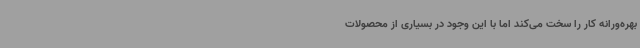
بهره‌ورانه کار را سخت می‌کند اما با این وجود در بسیاری از محصولات